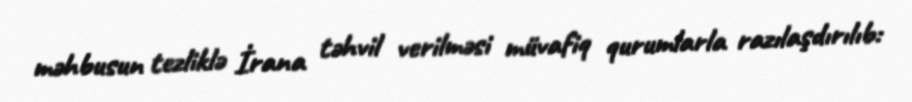
məhbusun tezliklə İrana təhvil verilməsi müvafiq qurumlarla razılaşdırılıb: